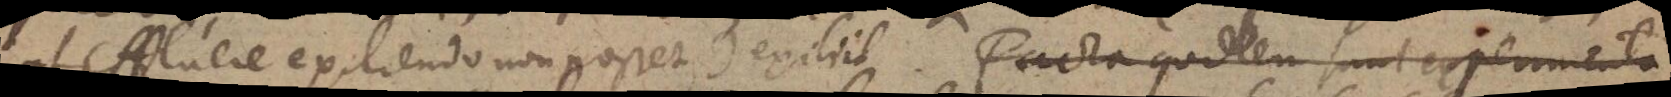
ut effluere exiliendo non posset) exiliit. Facta quidem sunt experimenta